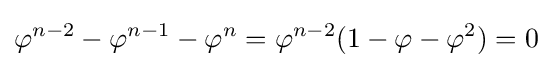
\varphi ^{n-2}-\varphi ^{n-1}-\varphi ^{n}=\varphi ^{n-2}(1-\varphi -\varphi ^{2})=0